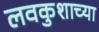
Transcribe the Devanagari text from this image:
लवकुशाच्या